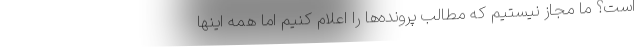
است؟ ما مجاز نیستیم که مطالب پرونده‌ها را اعلام کنیم اما همه اینها